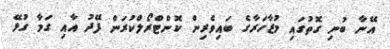
އޭނާ ބުނި ގޮތުގައި މުޒާހަރާގެ ބައިވެރިން ކޮންޓްރޯލްކުރަން ފޭދު އާއި ގަމާ ގުޅޭ